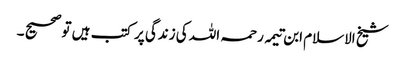
شیخ الاسلام ابن تیمہ رحمہ اللہ کی زندگی پر کتب ہیں تو صحیح ۔